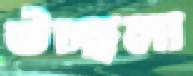
উচ্ছলা